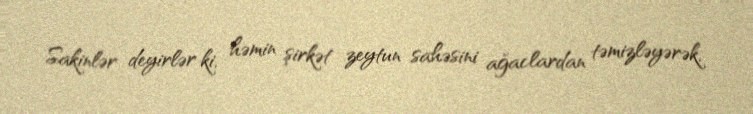
Sakinlər deyirlər ki, həmin şirkət zeytun sahəsini ağaclardan təmizləyərək,